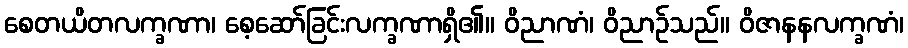
စေတယိတလက္ခဏာ၊ စေ့ဆော်ခြင်းလက္ခဏာရှိ၏။ ဝိညာဏံ၊ ဝိညာဉ်သည်။ ဝိဇာနနလက္ခဏံ၊